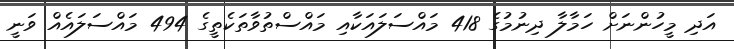
އަދި މީހުންނަށް ހަމާލާ ދިނުމުގެ 418 މައްސަލައަކާއި މައްސްތުވާތަކެތީގެ 494 މައްސަލައެއް ވަނީ